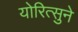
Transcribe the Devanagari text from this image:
योरित्सुने